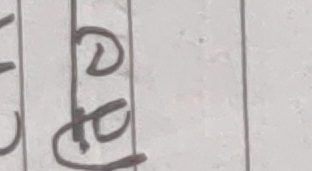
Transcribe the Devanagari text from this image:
रहे